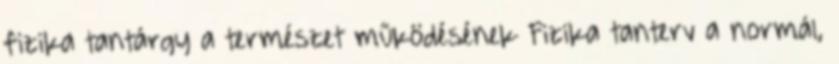
fizika tantárgy a természet működésének Fizika tanterv a normál,